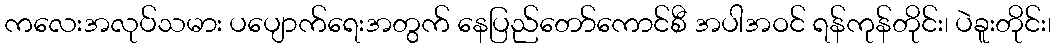
ကလေးအလုပ်သမား ပပျောက်ရေးအတွက် နေပြည်တော်ကောင်စီ အပါအဝင် ရန်ကုန်တိုင်း၊ ပဲခူးတိုင်း၊